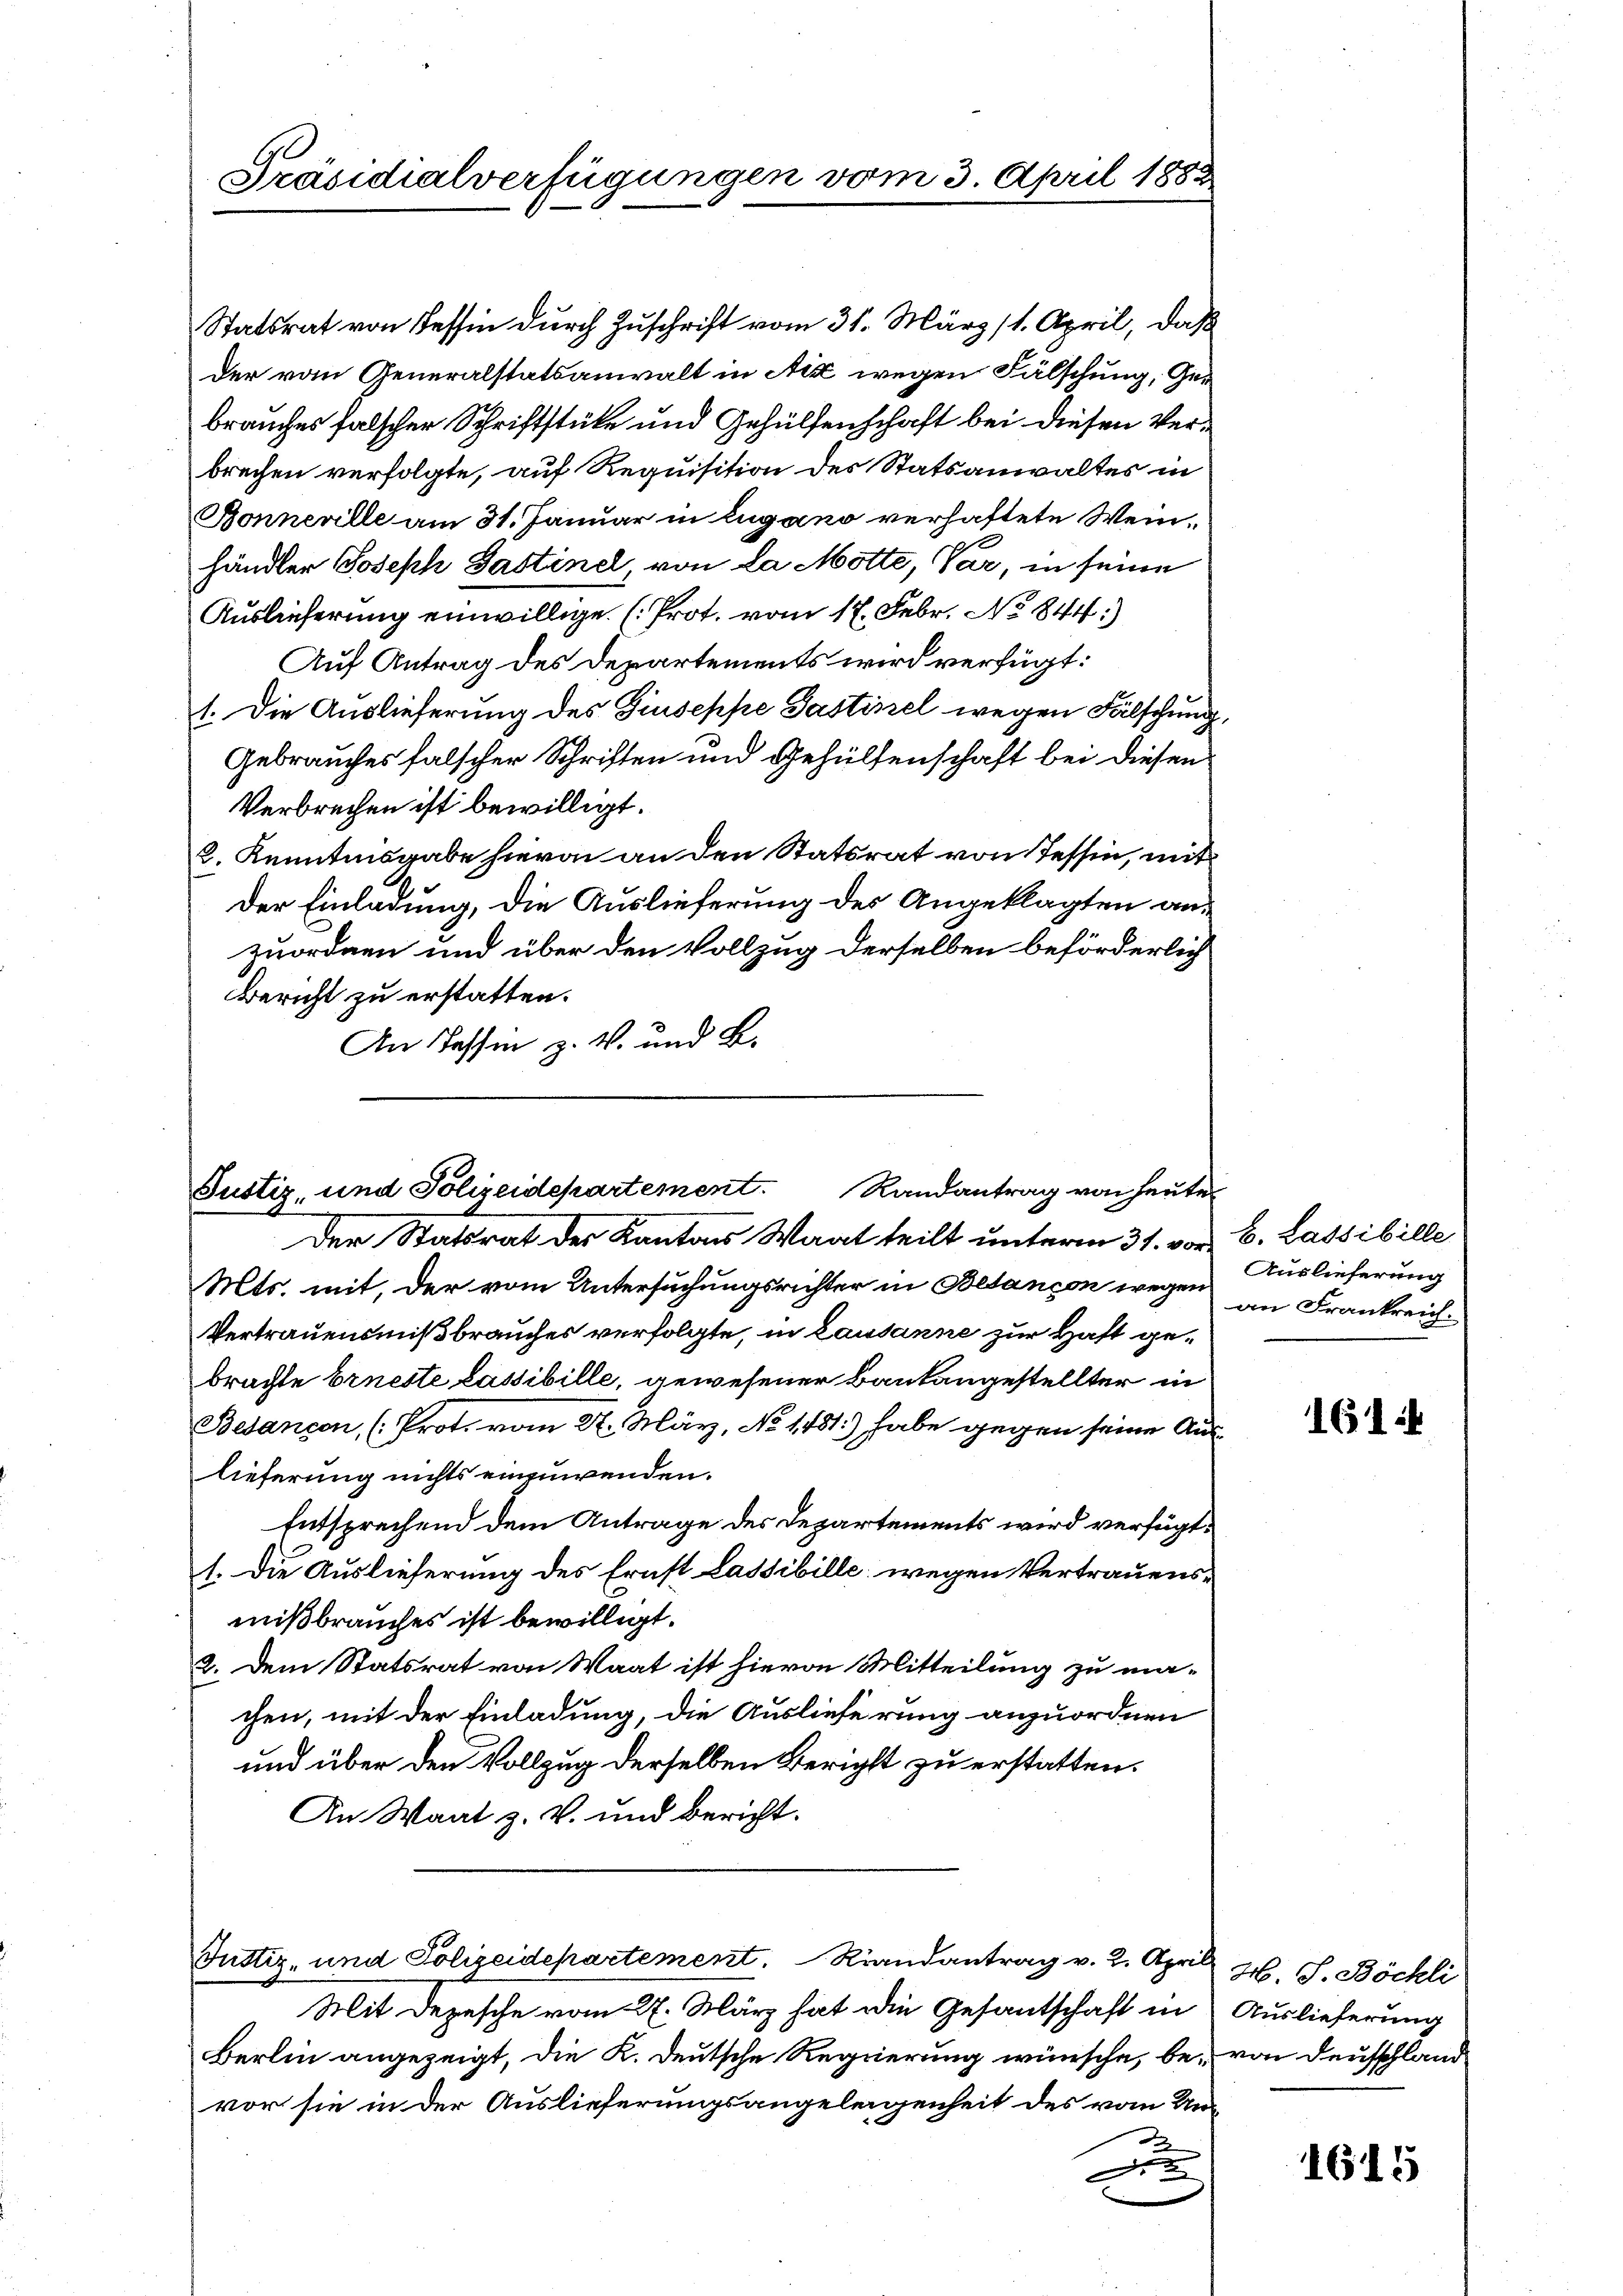
Präsidialverfügungen vom 3. April 1882

An Tessin z. V. und B.

Statsrat von Tessin durch Zuschrift vom 31. März (1. April, daß
der vom Generalstatsanwalt in Aix wegen Fälschung, Ger
brauches falscher Schriftstücke und Gehülfenschaft bei diesen Verbrechen verfolgte, auf Requisition des Statsanwaltes in
Bonneville am 31. Januar in Zugano verhaftete Weinhändler Joseph Gastinel, von La Motte, Var, in seine
Auslieferung einwillige (Prot. vom 17. Febr. No 844.)
Auf Antrag des Departements wird verfügt:
1. Die Auslieferung des Giuseppe Gastisel wegen Fälschung,
Gebrauches falscher Schriften und Gehülfenschaft bei diesen
Verbrechen ist bewilligt.
2. Kenntnisgabe hievon an den Statsrat von Tessin, mit
Der Einladung, die Auslieferung des Angeklagten anzuordnen und über den Vollzug derselben beförderlich
Bericht zu erstatten.

Justiz- und Polizeidepartement. Randantrag von heute
Der Statsrat der Kantons Waat teilt unterm 31. vor C. Lassibille

Mts. mit, der vom Untersuchungsrichter in Besançon wegen an Frankreich
Vertrauensmißbrauches verfolgte, in Lausanne zur Haft gebrachte Erneste Lassibille, gewesener Baukangestellter in
Besanzen, (Prot. vom 27. März, No 1131.) habe gegen seine Aus-
lieferung nichts einzuwenden.
Entsprechend dem Antrage des Departements wird verfügt:
1. Die Auslieferung des Ernst Lassibille wegen Vertrauensmißbrauches ist bewilligt.
2. Dem Statsrat von Waat ist hievon Mitteilung zu ma-
chen, mit der Einladung, die Auslieferung anzuordnen
und über den Vollzug derselben Bericht zu erstatten.
An Waat z. V. und bericht.

Justiz- und Polizeidepartement. Randantrag v. 2. April 26. S. Böckli
Mit Depesche vom 27. März hat die Gesantschaft in Auslieferung

Berlin angezeigt, die K. Deutsche Regierung wünsche, be- von Deutschland
vor sie in der Auslieferungsangelegenheit des vom Un¬
A
d

Auslieferung

1614

1615